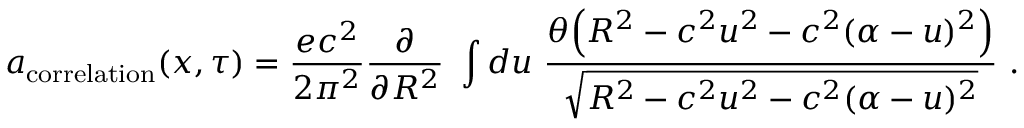
a _ { \mathrm { c o r r e l a t i o n } } ( x , \tau ) = \frac { e c ^ { 2 } } { 2 \pi ^ { 2 } } \frac { \partial } { \partial R ^ { 2 } } \ \int d u \ \frac { \theta \Bigl ( R ^ { 2 } - c ^ { 2 } u ^ { 2 } - c ^ { 2 } ( \alpha - u ) ^ { 2 } \Bigr ) } { \sqrt { R ^ { 2 } - c ^ { 2 } u ^ { 2 } - c ^ { 2 } ( \alpha - u ) ^ { 2 } } } \ .